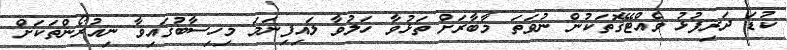
ކުޑަ ދަރިފުޅު ވެއްޓޭގޮތަކުން ނުވަތަ މާބާރަށް ތަޅުވާ ހަލުވާ ލައިފިނަމަ މިހިސާބުގައިވާ ނިއުރޯންތަކަށް